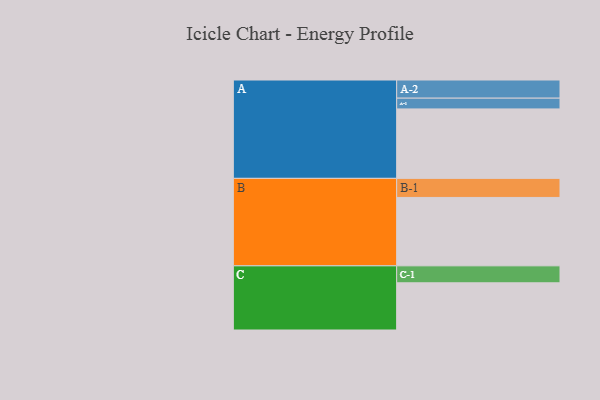
{"axis": {"x": "Segment", "y": "Value"}, "legend": ["", "A", "B", "C"], "data": [{"x": "A", "y": 593, "type": ""}, {"x": "B", "y": 584, "type": ""}, {"x": "C", "y": 403, "type": ""}, {"x": "A-1", "y": 92, "type": "A"}, {"x": "A-2", "y": 155, "type": "A"}, {"x": "B-1", "y": 163, "type": "B"}, {"x": "C-1", "y": 145, "type": "C"}]}